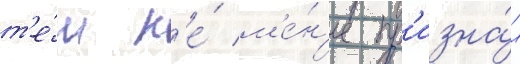
т'е́м н'е́ м'е́н'ее пр'изна́л